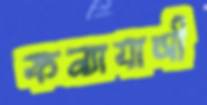
কন্যাযাত্রী